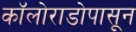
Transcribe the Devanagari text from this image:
कॉलोराडोपासून